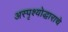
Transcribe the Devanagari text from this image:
अस्पृश्योद्धाराचे